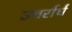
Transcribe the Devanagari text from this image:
उत्तर्रार्ध